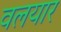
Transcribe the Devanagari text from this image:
वलयार